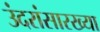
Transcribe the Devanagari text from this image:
उंदरांसारख्या